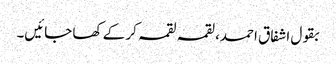
بقول اشفاق احمد، لقمہ لقمہ کر کے کھا جائیں۔